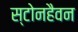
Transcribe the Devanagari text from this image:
स्टोनहैवन